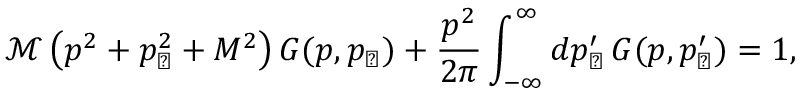
\mathcal { M } \left( p ^ { 2 } + p _ { \perp } ^ { 2 } + M ^ { 2 } \right) G ( p , p _ { \perp } ) + \frac { p ^ { 2 } } { 2 \pi } \int _ { - \infty } ^ { \infty } d p _ { \perp } ^ { \prime } \, G ( p , p _ { \perp } ^ { \prime } ) = 1 ,